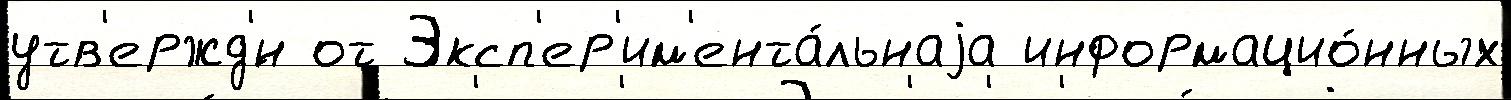
утв'ержд'́н от Эксп'ер'им'ента́льнаjа информацио́нных